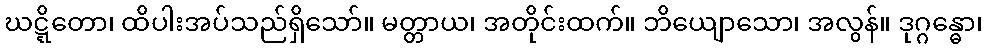
ဃဋ္ဋိတော၊ ထိပါးအပ်သည်ရှိသော်။ မတ္တာယ၊ အတိုင်းထက်။ ဘိယျောသော၊ အလွန်။ ဒုဂ္ဂန္ဓော၊